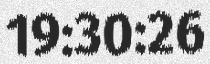
19:30:26